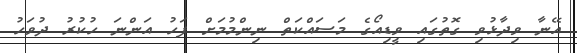
އޭނާ ވިދާޅުވި ގޮތުގައި ވީޑިއޯގެ މަސައްކަތް ނިންމުމަށް ފަހު އަންނަ ހުކުރު ދުވަހު